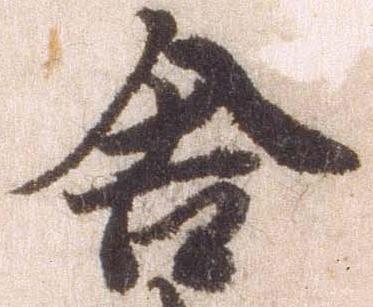
舎